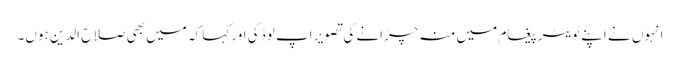
انہوں نے اپنے ٹویٹر پیغام میں منہ چڑانے کی تصویر اپ لوڈ کی اور کہا کہ میں بھی صلاح الدین ہوں۔